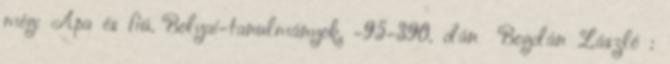
még: Apa és fiú. Bolyai-tanulmányok. -95-390. dán Bogdán László :